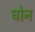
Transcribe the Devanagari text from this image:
घोन